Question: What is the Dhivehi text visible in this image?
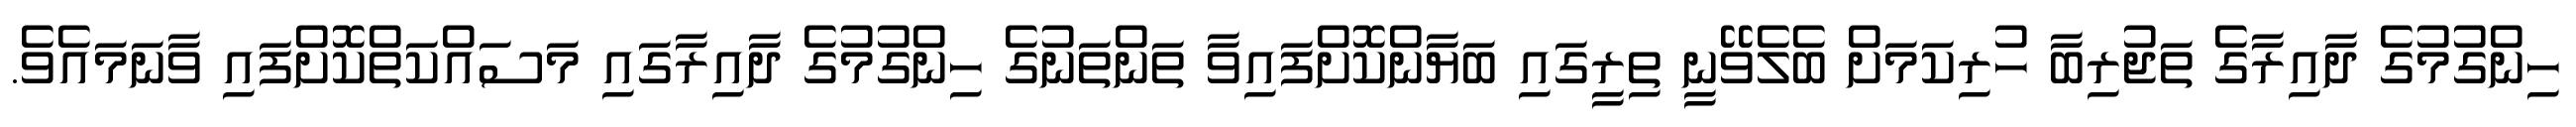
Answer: ހިންގުމުގެ ދާއިރާގެ ތަޖުރިބާ ހުރިކަމަށް ބެލެވޭނީ ތިރީގައި ބަޔާންކޮށްފައިވާ ތަންތަނުގެ ހިންގުމުގެ ދާއިރާގައި މަސައްކަތްކޮށްފައި ވާނަމައެވެ.